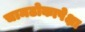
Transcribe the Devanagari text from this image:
चामढोकापेक्षा